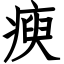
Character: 瘐